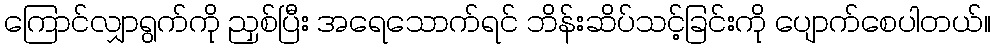
ကြောင်လျှာရွက်ကို ညှစ်ပြီး အရေသောက်ရင် ဘိန်းဆိပ်သင့်ခြင်းကို ပျောက်စေပါတယ်။